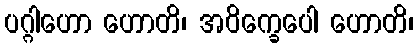
ပဂ္ဂါဟော ဟောတိ၊ အဝိက္ခေပေါ ဟောတိ၊